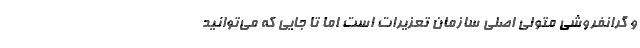
و گرانفروشی متولی اصلی سازمان تعزیرات است اما تا جایی که می‌توانید